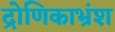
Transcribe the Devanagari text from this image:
द्रोणिकाभ्रंश